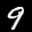
Label: 9